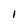
Character: I